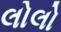
લોલો